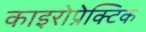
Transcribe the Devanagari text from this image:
काइरोप्रेक्टिक